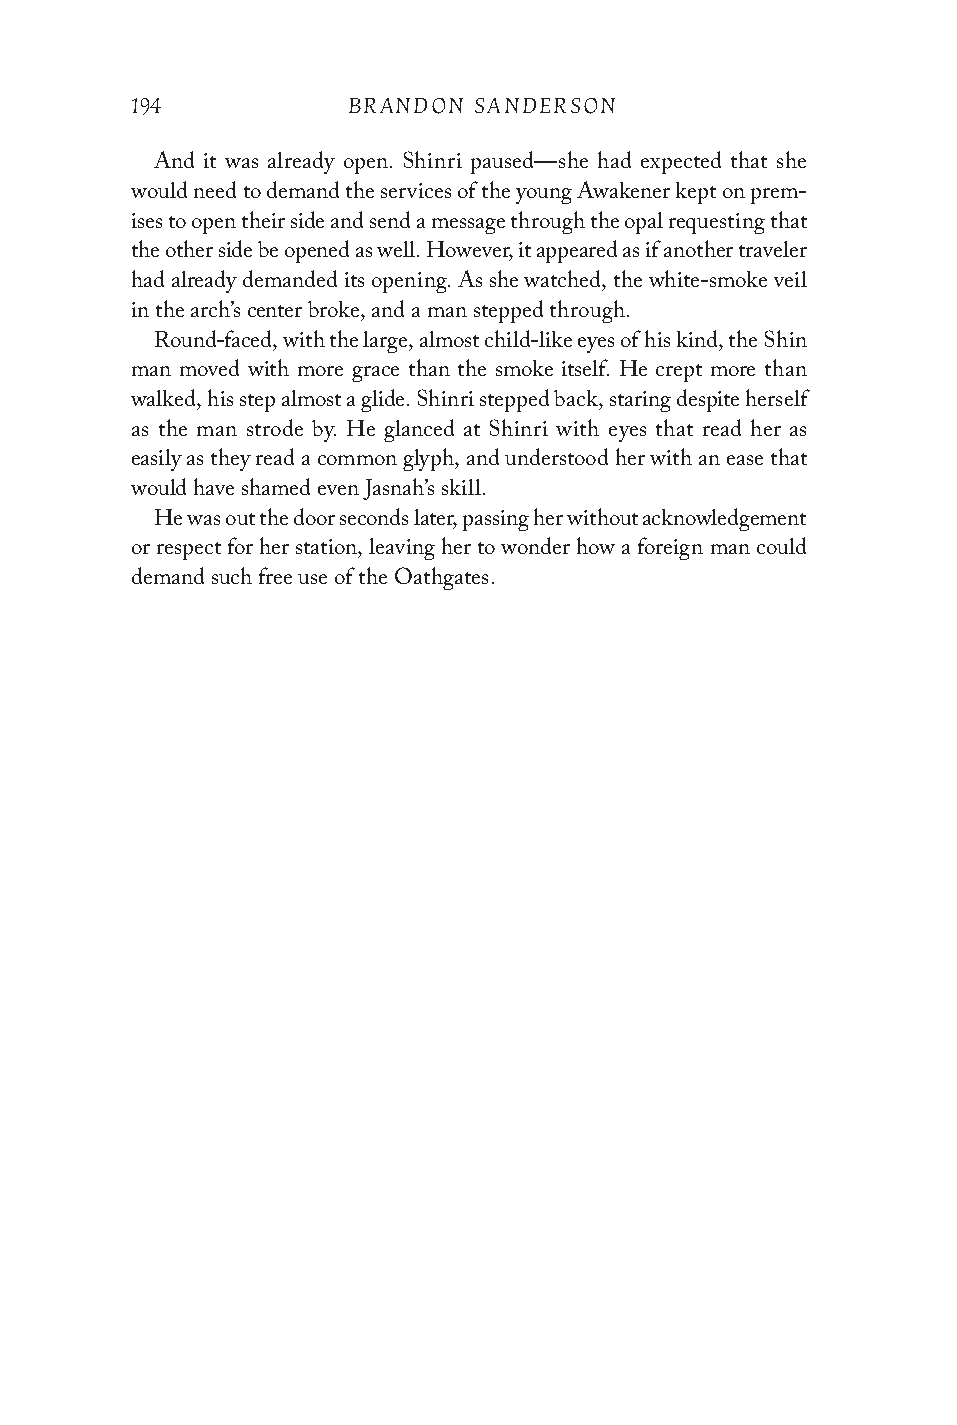
194           BRANDON SANDERSON
 And it was already open. Shinri paused—she had expected that she
 would need to demand the services of the young Awakener kept on prem-
 ises to open their side and send a message through the opal requesting that
 the other side be opened as well. However, it appeared as if another traveler
 had already demanded its opening. As she watched, the white-smoke veil
 in the arch’s center broke, and a man stepped through.
 Round-faced, with the large, almost child-like eyes of his kind, the Shin
 man moved with more grace than the smoke itself. He crept more than
 walked, his step almost a glide. Shinri stepped back, staring despite herself
 as the man strode by. He glanced at Shinri with eyes that read her as
 easily as they read a common glyph, and understood her with an ease that
 would have shamed even Jasnah’s skill.
 He was out the door seconds later, passing her without acknowledgement
 or respect for her station, leaving her to wonder how a foreign man could
 demand such free use of the Oathgates.